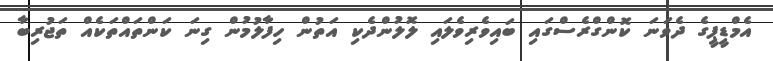
އެމްޑީޕީގެ ދެވަނަ ކޮންގްރެސްގައި ބައިވެރިވެލައި ލޮލުންދެކި އަތުން ހިފާލުމުން ގިނަ ކަންތައްތަކެއް ތަޖުރިބާ